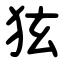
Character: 㹡